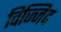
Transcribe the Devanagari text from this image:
विज्जिद